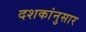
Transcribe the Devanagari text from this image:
दशकांनुसार